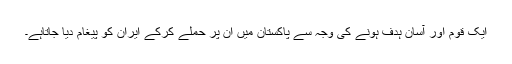
ایک قوم اور آسان ہدف ہونے کی وجہ سے پاکستان میں ان پر حملے کرکے ایران کو پیغام دیا جاتاہے۔